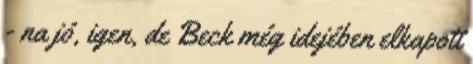
- na jó, igen, de Beck még idejében elkapott